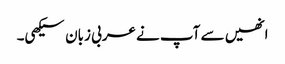
انھیں سے آپ نے عربی زبان سیکھی۔